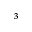
_ { 3 }